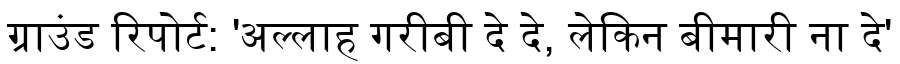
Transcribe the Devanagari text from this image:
ग्राउंड रिपोर्ट: 'अल्लाह गरीबी दे दे, लेकिन बीमारी ना दे'